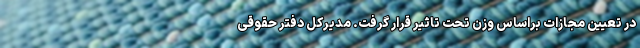
در تعیین مجازات براساس وزن تحت تاثیر قرار گرفت. مدیرکل دفتر حقوقی